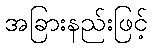
အခြားနည်းဖြင့်